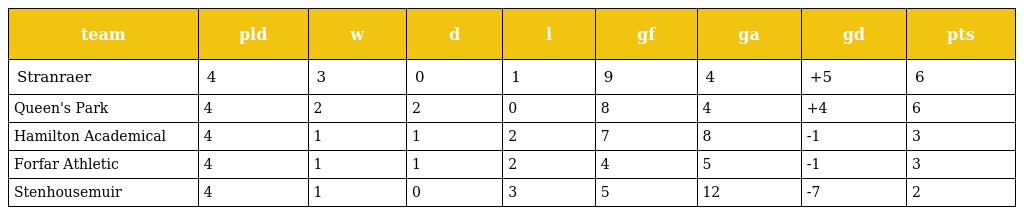
| team | pld | w | d | l | gf | ga | gd | pts |
 | --- | --- | --- | --- | --- | --- | --- | --- | --- |
 | Stranraer | 4 | 3 | 0 | 1 | 9 | 4 | +5 | 6 |
 | Queen's Park | 4 | 2 | 2 | 0 | 8 | 4 | +4 | 6 |
 | Hamilton Academical | 4 | 1 | 1 | 2 | 7 | 8 | -1 | 3 |
 | Forfar Athletic | 4 | 1 | 1 | 2 | 4 | 5 | -1 | 3 |
 | Stenhousemuir | 4 | 1 | 0 | 3 | 5 | 12 | -7 | 2 |